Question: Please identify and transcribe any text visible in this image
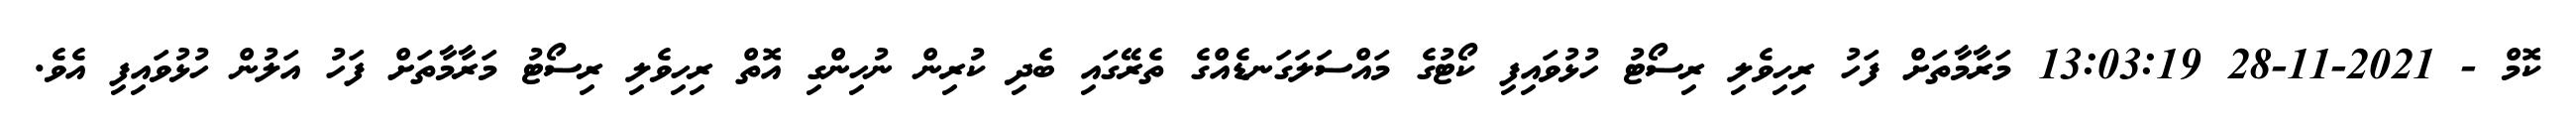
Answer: ކޮމް - 2021-11-28 13:03:19 މަރާމާތަށް ފަހު ރިހިވެލި ރިސޯޓު ހުޅުވައިފި ކޯޓުގެ މައްސަލަގަނޑެއްގެ ތެރޭގައި ބެދި ކުރިން ނުހިންގި އޮތް ރިހިވެލި ރިސޯޓު މަރާމާތަށް ފަހު އަލުން ހުޅުވައިފި އެވެ.